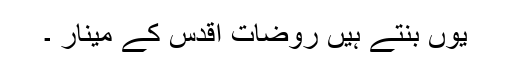
یوں بنتے ہیں روضات اقدس کے مینار ۔